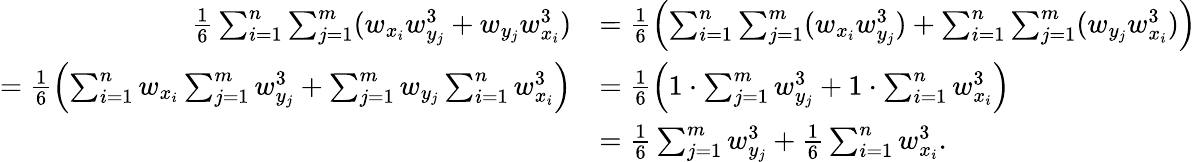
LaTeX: \begin{array}{rl}{\frac 16\sum_{i=1}^{n}\sum_{j=1}^{m}(w_{x_{i}}w_{y_{j}}^{3}+w_{y_{j}}w_{x_{i}}^{3})}&{=\frac 16\left(\sum_{i=1}^{n}\sum_{j=1}^{m}(w_{x_{i}}w_{y_{j}}^{3})+\sum_{i=1}^{n}\sum_{j=1}^{m}(w_{y_{j}}w_{x_{i}}^{3})\right)}\\ {=\frac 16\left(\sum_{i=1}^{n}w_{x_{i}}\sum_{j=1}^{m}w_{y_{j}}^{3}+\sum_{j=1}^{m}w_{y_{j}}\sum_{i=1}^{n}w_{x_{i}}^{3}\right)}&{=\frac 16\left(1\cdot\sum_{j=1}^{m}w_{y_{j}}^{3}+1\cdot\sum_{i=1}^{n}w_{x_{i}}^{3}\right)}\\ &{=\frac 16\sum_{j=1}^{m}w_{y_{j}}^{3}+\frac 16\sum_{i=1}^{n}w_{x_{i}}^{3}.}\end{array}